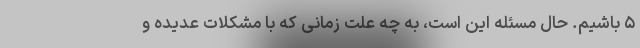
۵ باشیم. حال مسئله این است، به چه علت زمانی که با مشکلات عدیده و